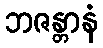
ဘဇန္တာနံ